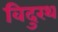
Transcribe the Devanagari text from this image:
विदुरथ